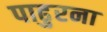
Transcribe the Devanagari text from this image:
पाढुरना